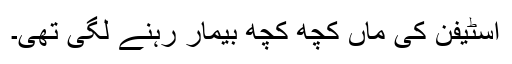
اسٹیفن کی ماں کچھ کچھ بیمار رہنے لگی تھی۔